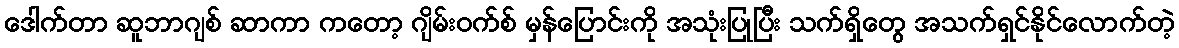
ဒေါက်တာ ဆူဘာဂျစ် ဆာကာ ကတော့ ဂျိမ်းဝက်စ် မှန်ပြောင်းကို အသုံးပြုပြီး သက်ရှိတွေ အသက်ရှင်နိုင်လောက်တဲ့